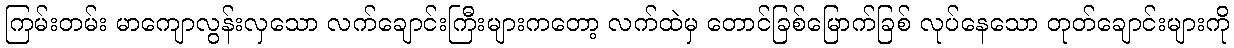
ကြမ်းတမ်း မာကျောလွန်းလှသော လက်ချောင်းကြီးများကတော့ လက်ထဲမှ တောင်ခြစ်မြောက်ခြစ် လုပ်နေသော တုတ်ချောင်းများကို